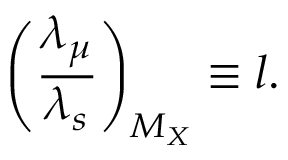
\left( \frac { \lambda _ { \mu } } { \lambda _ { s } } \right) _ { M _ { X } } \equiv l .